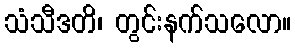
သံသီဒတိ၊ တွင်းနက်သလော။